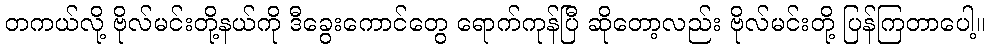
တကယ်လို့ ဗိုလ်မင်းတို့နယ်ကို ဒီခွေးကောင်တွေ ရောက်ကုန်ပြီ ဆိုတော့လည်း ဗိုလ်မင်းတို့ ပြန်ကြတာပေါ့။